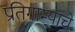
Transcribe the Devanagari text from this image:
प्रतिगाम्यांचे